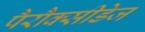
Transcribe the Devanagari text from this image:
पैरौक्सीडेज